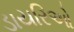
ડાયરિઓ